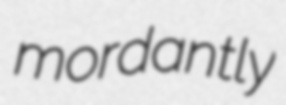
mordantly